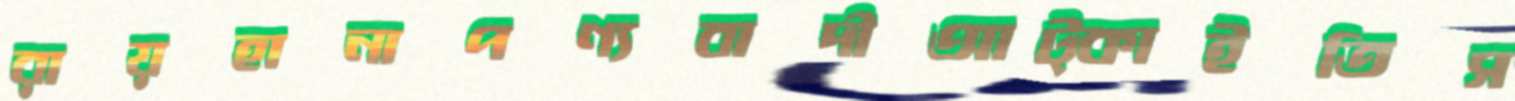
রায়হানাপণ্যবাদীআট্‌কাইতিস